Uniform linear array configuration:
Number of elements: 16
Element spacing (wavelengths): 0.25
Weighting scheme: kaiser
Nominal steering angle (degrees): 15
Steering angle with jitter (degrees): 16.759
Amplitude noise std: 0.05
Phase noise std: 0.05

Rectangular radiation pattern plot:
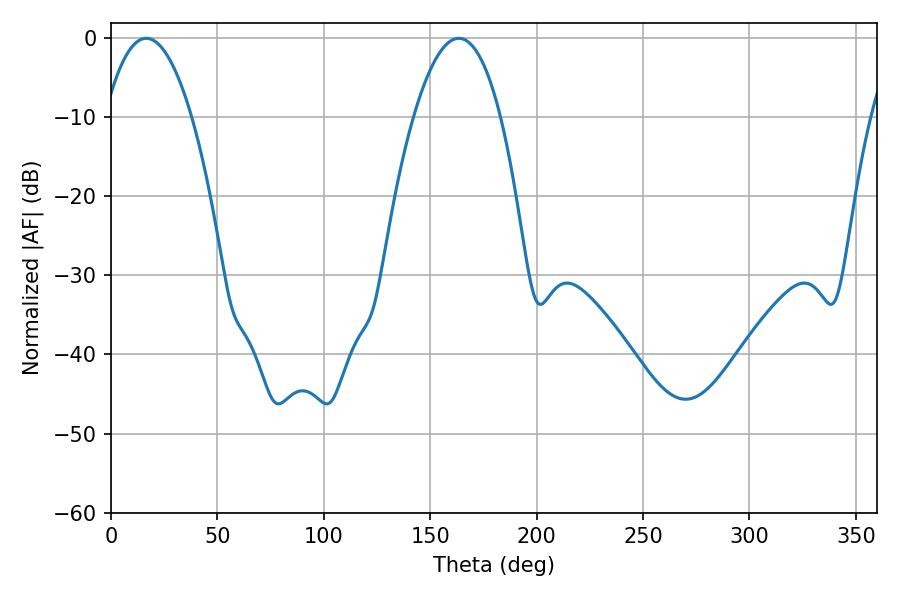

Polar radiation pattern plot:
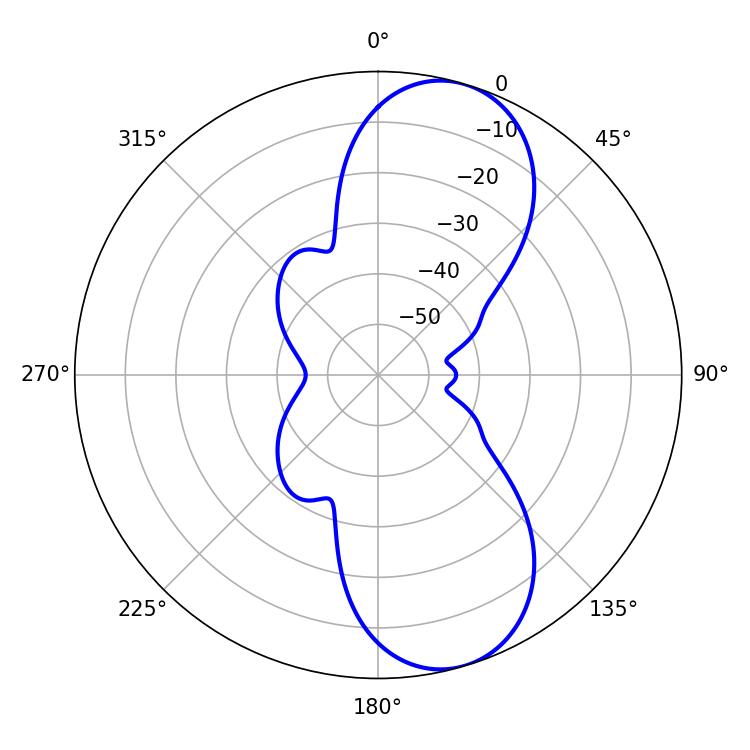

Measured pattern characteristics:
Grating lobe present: FALSE
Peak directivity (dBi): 9.145
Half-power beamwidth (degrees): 22.5
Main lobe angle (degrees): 16.56